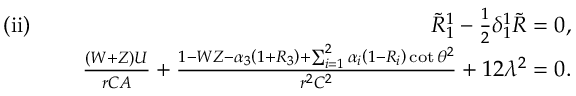
\begin{array} { r l r } { \mathrm { ( i i ) } \, \, } & { } & { \tilde { R } _ { 1 } ^ { 1 } - \frac { 1 } { 2 } \delta _ { 1 } ^ { 1 } \tilde { R } = 0 , } \\ & { } & { \frac { ( W + Z ) U } { r C A } + \frac { 1 - W Z - \alpha _ { 3 } \left( 1 + R _ { 3 } \right) + \sum _ { i = 1 } ^ { 2 } \alpha _ { i } \left( 1 - R _ { i } \right) \cot \theta ^ { 2 } } { r ^ { 2 } C ^ { 2 } } + 1 2 \lambda ^ { 2 } = 0 . } \end{array}